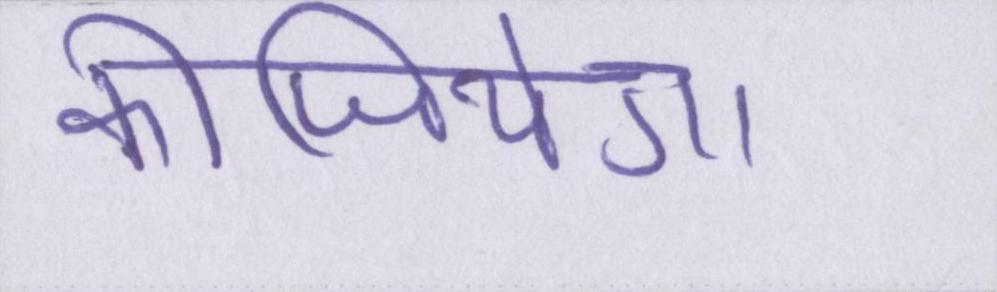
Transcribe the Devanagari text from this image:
कीजियेगा